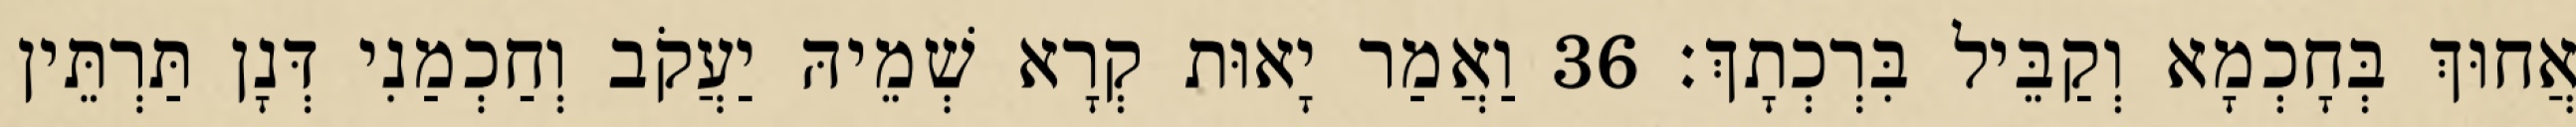
אֲחוּךְ בְּחָכְמָא וְקַבֵּיל בִּרְכְתָךְ׃ 36 וַאֲמַר יָאוּת קְרָא שְׁמֵיהּ יַעֲקֹב וְחַכְמַנִי דְּנָן תַּרְתֵּין